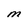
Character: M